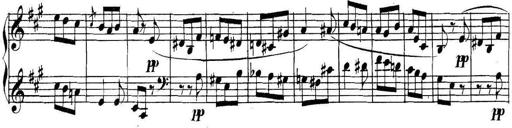
Title: Collected Piano Sonatas
Composer: Muzio Clementi